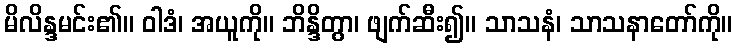
မိလိန္ဒမင်း၏။ ဝါဒံ၊ အယူကို။ ဘိန္ဒိတွာ၊ ဖျက်ဆီး၍။ သာသနံ၊ သာသနာတော်ကို။